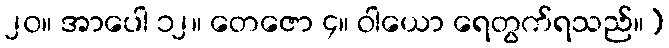
၂၀။ အာပေါ ၁၂။ တေဇော ၄။ ဝါယော ရေတွက်ရသည်။]